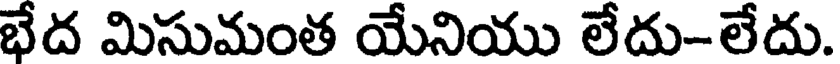
భేద మిసుమంత యేనియు లేదు-లేదు.